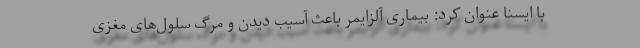
با ایسنا عنوان کرد: بیماری آلزایمر باعث آسیب دیدن و مرگ سلول‌های مغزی